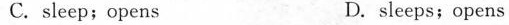
C.sleep;opens D.sleeps;opens